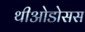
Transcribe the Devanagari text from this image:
थीओडोसस